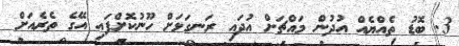
3. ބޮޑު ތެއްޔެއް އުދުން މައްޗަށް އުދައި ރަނގަޅަށް ހޫނުކޮށްފައި އޭގެ ތެރެއަށް